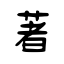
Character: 著